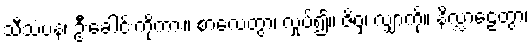
သီသံပန၊ ဦးခေါင်းကိုကား။ စာလေတွာ၊ လှုပ်၍။ ဇိဝှံ၊ လျှာကို။ နိလ္လာဠေတွာ၊